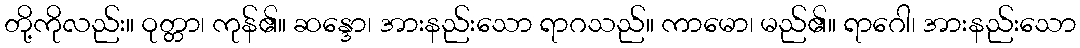
တို့ကိုလည်း။ ဝုတ္တာ၊ ကုန်၏။ ဆန္ဒော၊ အားနည်းသော ရာဂသည်။ ကာမော၊ မည်၏။ ရာဂေါ၊ အားနည်းသော